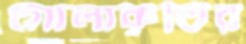
গোলাকৃতির